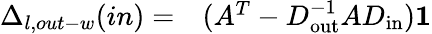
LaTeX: \begin{array}{rl}{\Delta_{l,out-w}(in)=}&{{}(A^{T}-D_{\mathrm{out}}^{-1}AD_{\mathrm{in}})\mathbf{1}}\end{array}